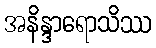
အနိန္ဒာရောသိဿ